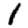
Digit: 1